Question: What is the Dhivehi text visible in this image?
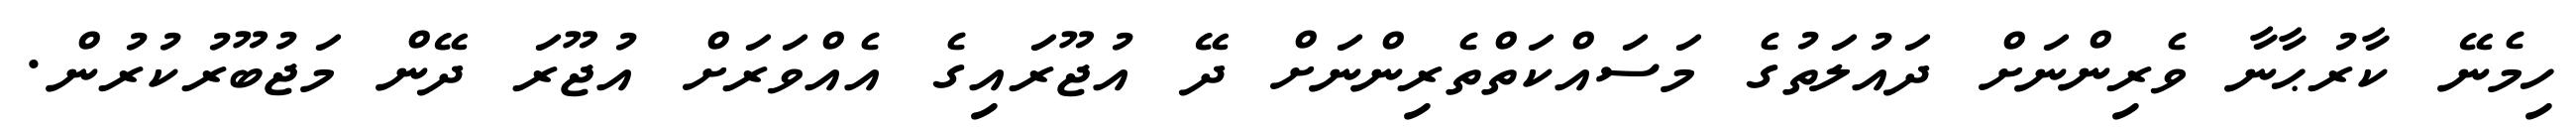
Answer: ހިމެނޭ ކާރުޙާނާ ވެރިންނަށް ދައުލަތުގެ މަސައްކަތްތެރިންނަށް ދޭ އުޖޫރައިގެ އެއްވަރަށް އުޖޫރަ ދޭން މަޖުބޫރުކުރުން.